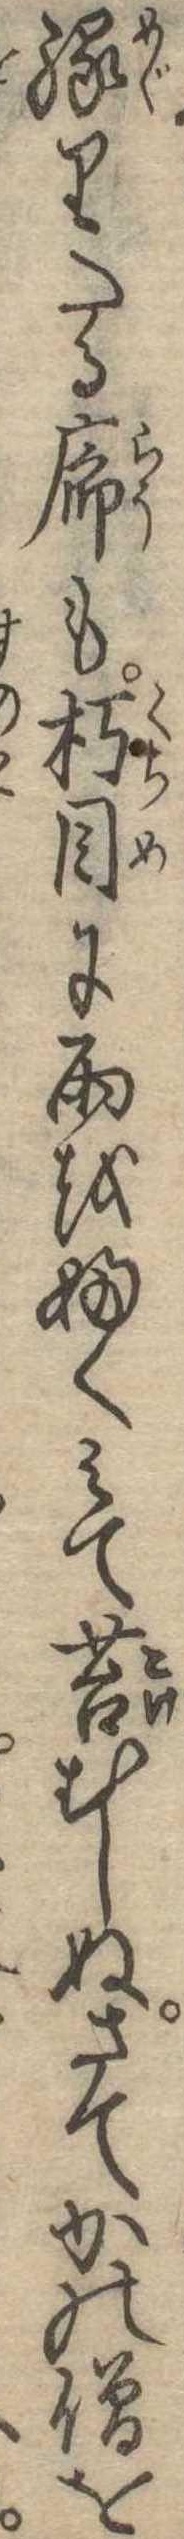
縁りたる廊も朽目に雨をふくみて苔むしぬさてかの僧を